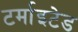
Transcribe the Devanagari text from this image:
टर्माइटेड